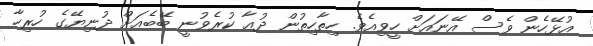
އުޅޭހެން ވެސް އޭނައަށް ހީވިއެވެ. ހިތާހިތުން ދުޢާ ކުރެވުނީ ބޭބެއަށް ދުނިޔޭގެ ހުރިހާ